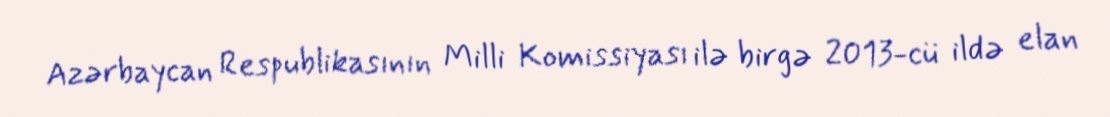
Azərbaycan Respublikasının Milli Komissiyası ilə birgə 2013-cü ildə elan